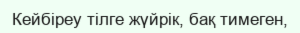
Кейбіреу тілге жүйрік, бақ тимеген,